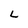
Character: L